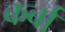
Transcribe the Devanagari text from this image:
कर्बा